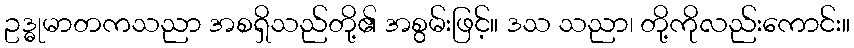
ဥဒ္ဓုမာတကသညာ အစရှိသည်တို့၏ အစွမ်းဖြင့်။ ဒသ သညာ၊ တို့ကိုလည်းကောင်း။